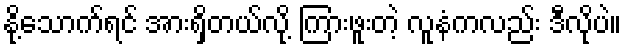
နို့သောက်ရင် အားရှိတယ်လို့ ကြားဖူးတဲ့ လူနံကလည်း ဒီလိုပဲ။